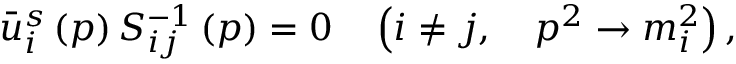
\bar { u } _ { i } ^ { s } \left( p \right) S _ { i j } ^ { - 1 } \left( p \right) = 0 \quad \left( i \neq j , \quad p ^ { 2 } \rightarrow m _ { i } ^ { 2 } \right) ,